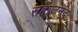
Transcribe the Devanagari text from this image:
सहाजनंद